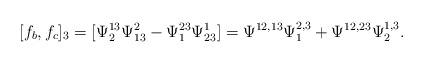
LaTeX: \begin{align*}[f_b,f_c]_3=[\Psi^{13}_2\Psi^2_{13}-\Psi^{23}_1\Psi^1_{23}]= \Psi^{12,13}\Psi^{2,3}_1+\Psi^{12,23}\Psi^{1,3}_2.\end{align*}